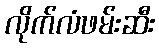
လိုက်လံဖမ်းဆီး